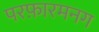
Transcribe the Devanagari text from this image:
परफ़ारमनग